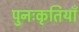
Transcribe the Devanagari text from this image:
पुनःकृतियाँ